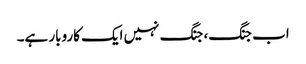
اب جنگ، جنگ نہیں ایک کاروبار ہے۔